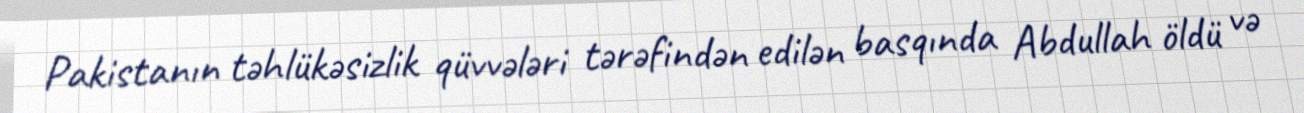
Pakistanın təhlükəsizlik qüvvələri tərəfindən edilən basqında Abdullah öldü və